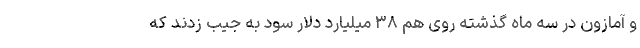
و آمازون در سه ماه گذشته روی هم ۳۸ میلیارد دلار سود به جیب زدند که